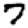
Digit: 7